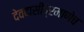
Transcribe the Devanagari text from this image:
देवदासींप्रमाणेच